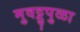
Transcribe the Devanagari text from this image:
मुवट्टुपुळा